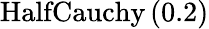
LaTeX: \mathrm{HalfCauchy}\left(0.2\right)